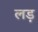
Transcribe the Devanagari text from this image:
लड़़